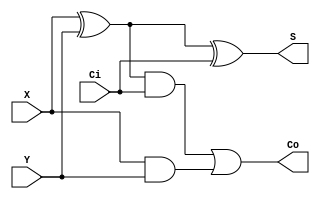
module fulladder(X, Y, Ci, S, Co);
  input X, Y, Ci;
  output S, Co;
  wire w1,w2,w3;
  //Structural code for one bit full adder
  xor G1(w1, X, Y);
  xor G2(S, w1, Ci);
  and G3(w2, w1, Ci);
  and G4(w3, X, Y);
  or G5(Co, w2, w3);
endmodule

module rippe_adder(X, Y, S, Co);
 input [3:0] X, Y;// Two 4-bit inputs
 output [3:0] S;
 output Co;
 wire w1, w2, w3;
 // instantiating 4 1-bit full adders in Verilog
 fulladder u1(X[0], Y[0], 1'b0, S[0], w1);
 fulladder u2(X[1], Y[1], w1, S[1], w2);
 fulladder u3(X[2], Y[2], w2, S[2], w3);
 fulladder u4(X[3], Y[3], w3, S[3], Co);
endmodule